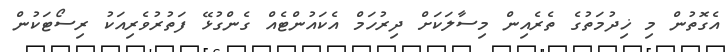
އެގޮތުން މި ޚިދުމަތުގެ ތެރެއިން މިސާލަކަށް ދިރުހަމް އެކައުންޓެއް ގެންގުޅޭ ފަތުރުވެރިއަކު ރިސޯޓަކުން